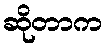
ဆိုတာက